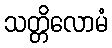
သတ္တိလောမံ